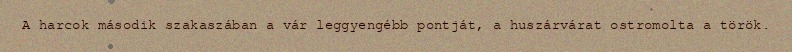
A harcok második szakaszában a vár leggyengébb pontját, a huszárvárat ostromolta a török.